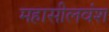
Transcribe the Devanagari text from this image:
महासीलवंश